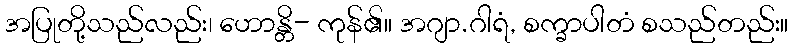
အပြုတို့သည်လည်း၊ ဟောန္တိ- ကုန်၏။ အဂျာ.ဂါရံ, စက္ခာပါတံ စသည်တည်း။